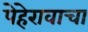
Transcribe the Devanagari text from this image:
पेहेरावाचा